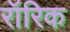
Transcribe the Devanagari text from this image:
रॉरिक